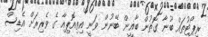
ރިޕޯޓުތައް ބުނާ ގޮތުން ބާޣީން ބޭނުން ވަނީ އިތިއޮޕިއާ ގެ ވެރިރަށް އެޑިސް